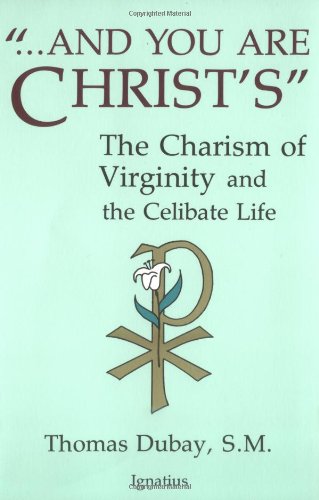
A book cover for And You Are Christ's: The Charism of Virginity and the Celibate Life; Thomas Dubay; Christian Books & Bibles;